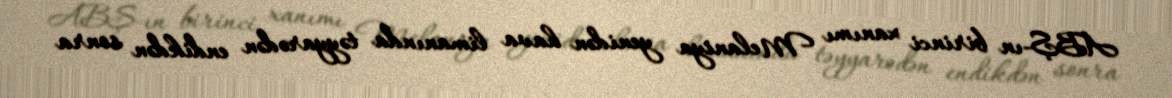
ABŞ-ın birinci xanımı Melaniya yenidən hava limanında təyyarədən endikdən sonra